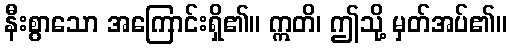
နီးစွာသော အကြောင်းရှိ၏။ ဣတိ၊ ဤသို့ မှတ်အပ်၏။